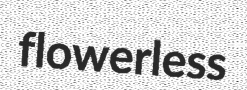
flowerless